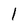
Character: 1